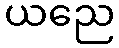
ယညေ